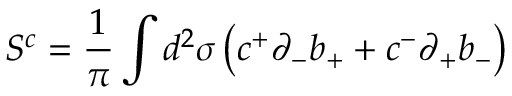
S ^ { c } = \frac { 1 } { \pi } \int d ^ { 2 } \sigma \left( c ^ { + } { \partial } _ { - } b _ { + } + c ^ { - } { \partial } _ { + } b _ { - } \right)